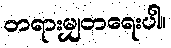
တရားမျှတရေးပါ။